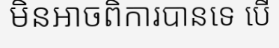
មិនអាចពិការបានទេ បើ